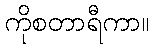
ကိုစတာရီကာ။